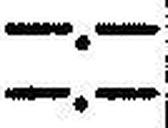
—.—